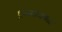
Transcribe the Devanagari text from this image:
धुळ्याजवळ